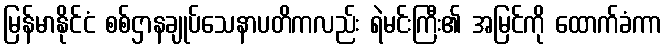
မြန်မာနိုင်ငံ စစ်ဌာနချုပ်သေနာပတိကလည်း ရဲမင်းကြီး၏ အမြင်ကို ထောက်ခံကာ